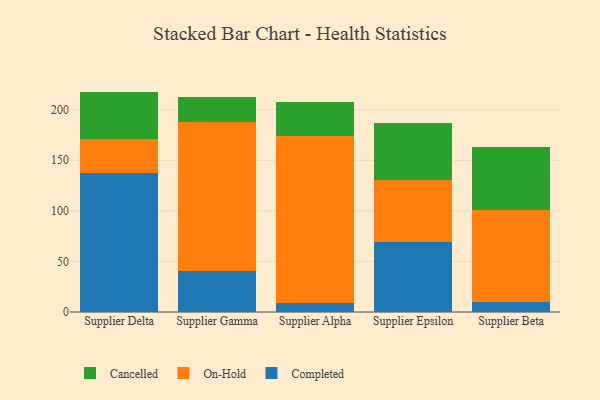
{"axis": {"x": "Supplier", "y": "Website Visitors"}, "legend": ["Cancelled", "Completed", "On-Hold"], "data": [{"x": "Supplier Delta", "y": 137.0, "type": "Completed"}, {"x": "Supplier Delta", "y": 34.2, "type": "On-Hold"}, {"x": "Supplier Delta", "y": 46.7, "type": "Cancelled"}, {"x": "Supplier Gamma", "y": 40.7, "type": "Completed"}, {"x": "Supplier Gamma", "y": 147.6, "type": "On-Hold"}, {"x": "Supplier Gamma", "y": 24.6, "type": "Cancelled"}, {"x": "Supplier Alpha", "y": 9.1, "type": "Completed"}, {"x": "Supplier Alpha", "y": 164.8, "type": "On-Hold"}, {"x": "Supplier Alpha", "y": 33.7, "type": "Cancelled"}, {"x": "Supplier Epsilon", "y": 69.3, "type": "Completed"}, {"x": "Supplier Epsilon", "y": 61.0, "type": "On-Hold"}, {"x": "Supplier Epsilon", "y": 56.5, "type": "Cancelled"}, {"x": "Supplier Beta", "y": 9.7, "type": "Completed"}, {"x": "Supplier Beta", "y": 91.2, "type": "On-Hold"}, {"x": "Supplier Beta", "y": 62.4, "type": "Cancelled"}]}